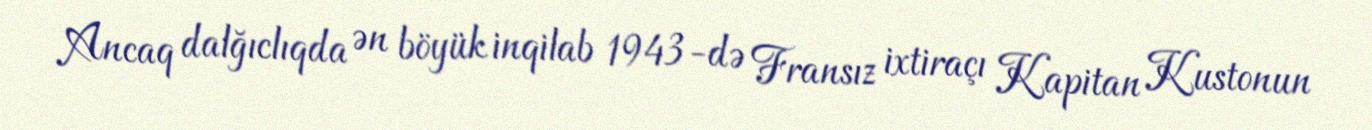
Ancaq dalğıclıqda ən böyük inqilab 1943-də Fransız ixtiraçı Kapitan Kustonun